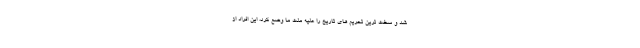
شد و سخت ترین تحریم های تاریخ را علیه ملت ما وضع کرد، این افراد از